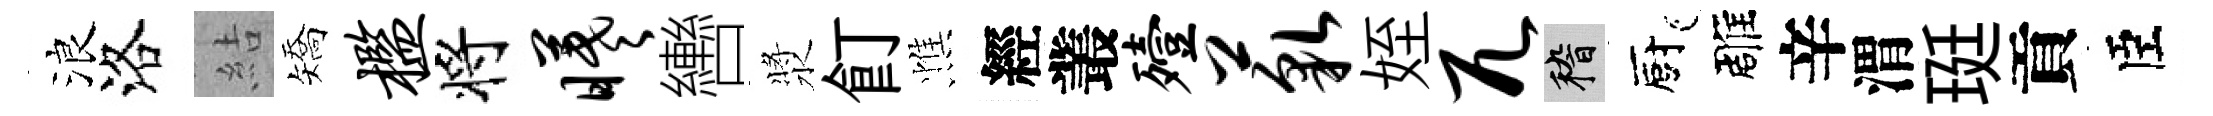
浪洛結矯槛将曦轡漿飣憔經叢殪藐姪兀稽廚雕辛渭珽貢臣